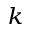
^ k